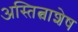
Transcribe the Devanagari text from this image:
अस्तित्वाशेष